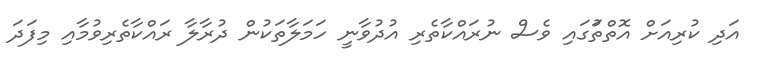
އަދި ކުރިއަށް އޮތްތަުގައި ވެސް ނުރައްކާތެރި އުދުވާނީ ހަމަލާތަކުން ދުރާލާ ރައްކާތެރިވުމާއި މިފަދަ